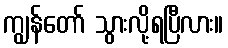
ကျွန်တော် သွားလို့ရပြီလား။